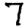
Digit: 7